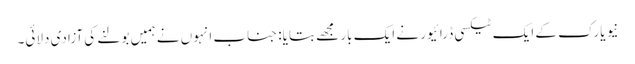
نیو یارک کے ایک ٹیکسی ڈرائیور نے ایک بار مجھے بتایا: جناب انہوں نے ہمیں بولنے کی آزادی دلائی۔